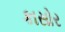
કાસોર